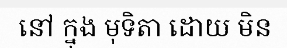
នៅ ក្នុង មុទិតា ដោយ មិន